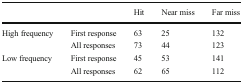
<table><thead><tr><td></td><td></td><td><b>Hit</b></td><td><b>Near miss</b></td><td><b>Far miss</b></td></tr></thead><tbody><tr><td rowspan="2">High frequency</td><td>First response</td><td>63</td><td>25</td><td>132</td></tr><tr><td>All responses</td><td>73</td><td>44</td><td>123</td></tr><tr><td rowspan="2">Low frequency</td><td>First response</td><td>45</td><td>53</td><td>141</td></tr><tr><td>All responses</td><td>62</td><td>65</td><td>112</td></tr></tbody></table>